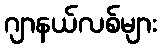
ဂျာနယ်လစ်များ